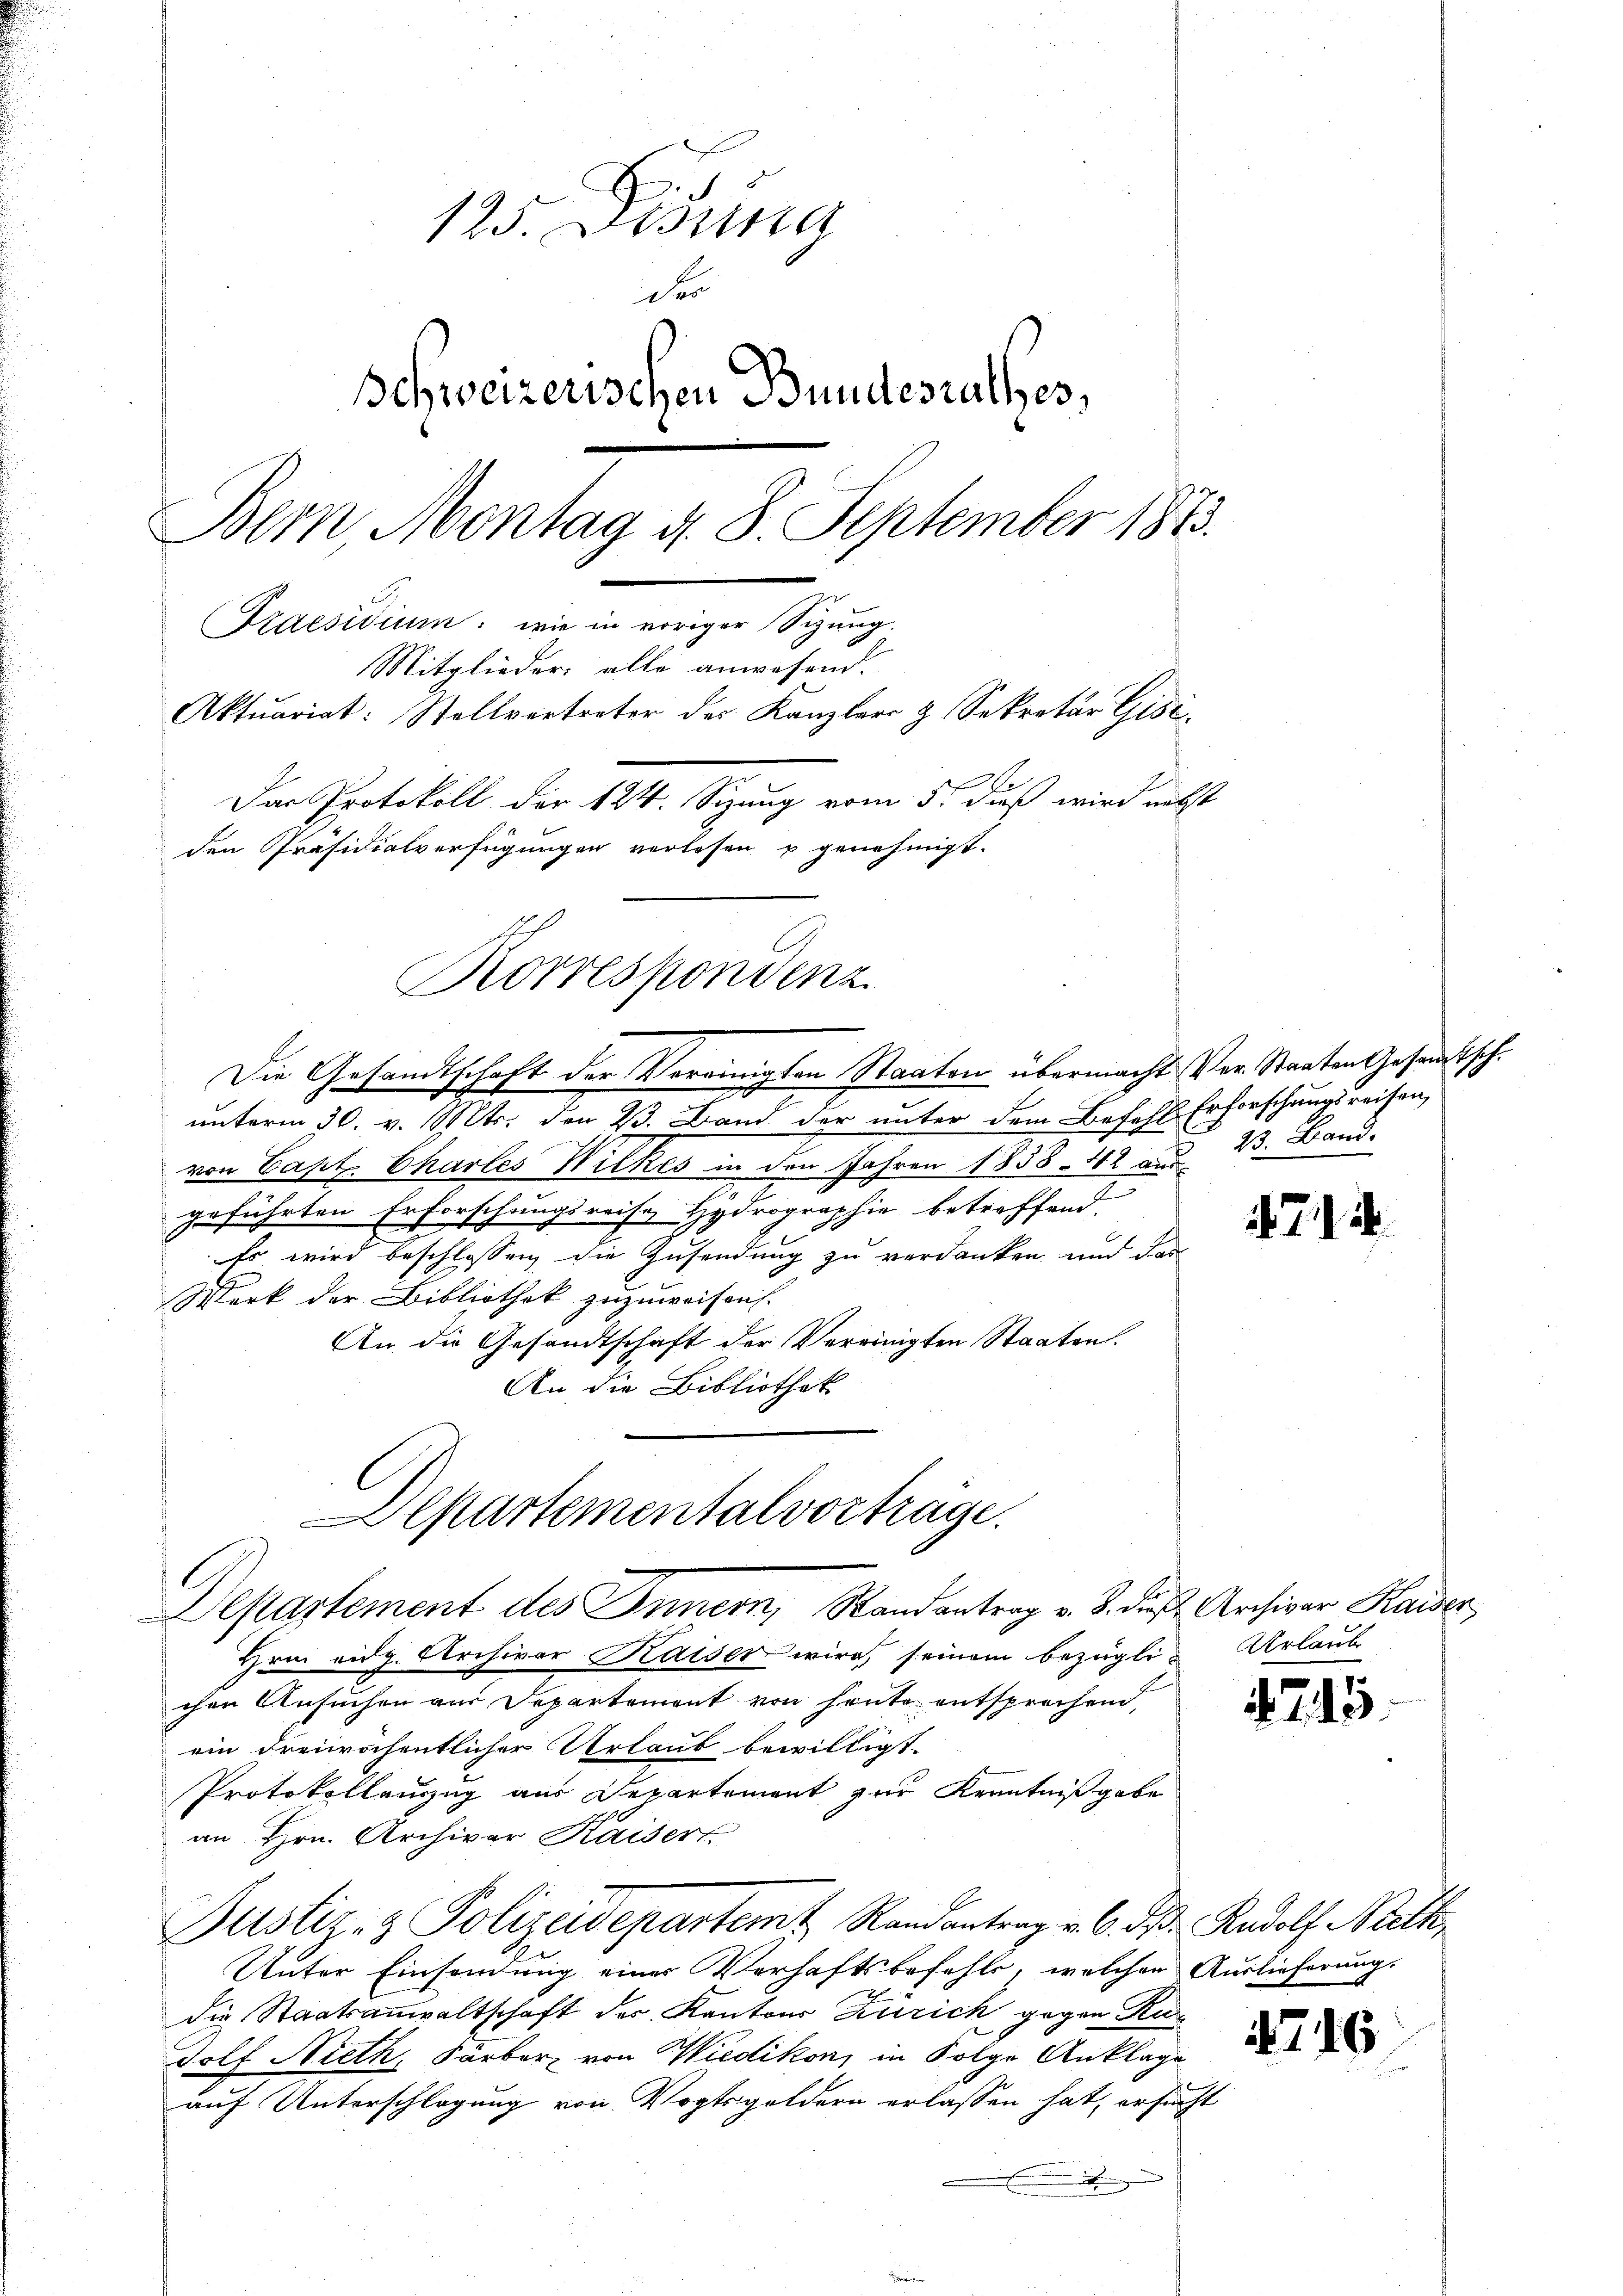
125. Disung
D
Schweizerischen Bundesrathes,
Bem, Montag d. 8. September 188
Praesidium, wie in voriger Sizung.
Mitglieder alle anwesend.
Aktuariat: Stellvertreter des Kanzler & Sekretär Gisi
Das Protokoll der 124. Sizung vom 5. dieß wird nebst
den Präsidialverfügungen verlesen u genehmigt.

Die Gesandtschaft der Vereinigten Staaten übermacht Ver- Staaten Gesandtsch
unterm 30. v. Mts. den 23. Band der unter dem Befehl Erforschungsreisen,
von Capt. Charles Wilkes in den Jahren 1858. 42 aus
geführten Erforschungsreise Hydrographie betreffend.
Es wird beschlossen, die Zusendung zu verdanken und das
Werk der Bibliothek zuzuweisen.
An die Gesandtschaft der Vereinigten Staaten.
An die Bibliothek
Departementalvorträge.

Departement des Innern, Randantrag v. 3. die Archivar Kaiser,

Korrespondenz

Hrnn eidg. Archiver Kaiser wird, seinem bezüglic
chen Ansuchen aus Departement von heute entsprechend,
ein dreiwöchentlicher Urlaub bewilligt.
Protokollenzug aus Departement zur Kenntniß gebe
an Hrn. Archivar Kaisert
Justiz- & Polizeidepartemt Randantrag v. 6. ds. Rudolf Nieth,
Unter Einsendung einer Verhaftsbefehls, welchen Auslieferung.
x
die Staatsanwaltschaft des Kantons Zürich gegen Rudolf Nieth, Färber, von Wiedikon, in Folge Anklage
auf Unterschlagung von Vogtsgoldern erlassen hat, ersucht
n

23. Band.

47

Urlaub

i

2

15